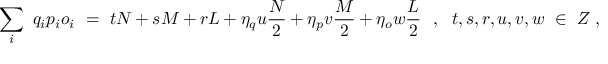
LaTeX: \sum _ { i } \ q _ { i } p _ { i } o _ { i } \ = \ t N + s M + r L + \eta _ { q } u \frac { N } { 2 } + \eta _ { p } v \frac { M } { 2 } + \eta _ { o } w \frac { L } { 2 } \ \ , \ \ t , s , r , u , v , w \ \in \ Z \ ,